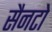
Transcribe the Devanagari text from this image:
सैनटो